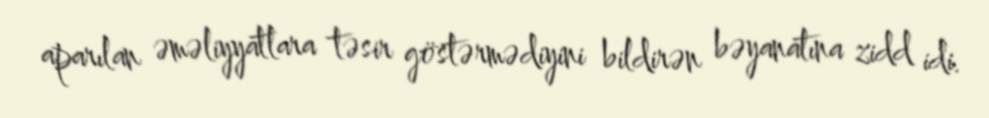
aparılan əməliyyatlara təsir göstərmədiyini bildirən bəyanatına zidd idi.